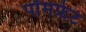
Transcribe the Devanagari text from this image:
पॉमफ्रेट